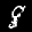
Label: 8